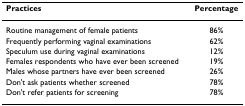
<table><thead><tr><td><b>Practices</b></td><td><b>Percentage</b></td></tr></thead><tbody><tr><td>Routine management of female patients</td><td>86%</td></tr><tr><td>Frequently performing vaginal examinations</td><td>62%</td></tr><tr><td>Speculum use during vaginal examinations</td><td>12%</td></tr><tr><td>Females respondents who have ever been screened</td><td>19%</td></tr><tr><td>Males whose partners have ever been screened</td><td>26%</td></tr><tr><td>Don&#x27;t ask patients whether screened</td><td>78%</td></tr><tr><td>Don&#x27;t refer patients for screening</td><td>78%</td></tr></tbody></table>